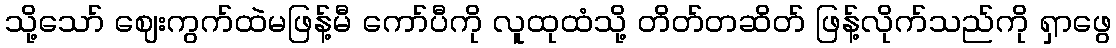
သို့သော် ဈေးကွက်ထဲမဖြန့်မီ ကော်ပီကို လူထုထံသို့ တိတ်တဆိတ် ဖြန့်လိုက်သည်ကို ရှာဖွေ